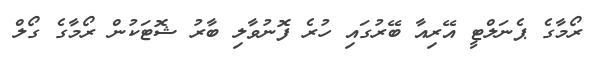
ރޯމާގެ ޕެނަލްޓީ އޭރިއާ ބޭރުގައި ހުރެ ފޮނުވާލި ބާރު ޝޮޓަކުން ރޯމާގެ ގޯލް